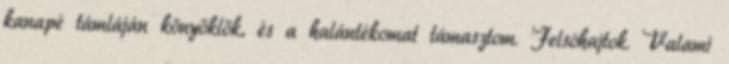
kanapé támláján könyöklök, és a halántékomat támasztom. Felsóhajtok. Valami